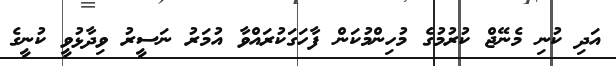
އަދި ކުނި މެނޭޖް ކުރުމުގެ މުހިންމުކަން ފާހަގަކުރައްވާ އުމަރު ނަސީރު ވިދާޅުވީ ކުނީގެ